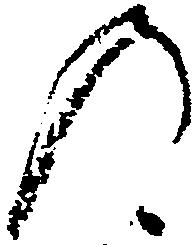
の